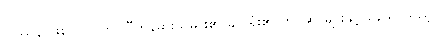
ပြဿနာဖြစ်လာပါက လီဟန်ဓားသမား၏ ချုပ်ရုံး၏ ကင်ဆာများနှင့် နေသာသည့်